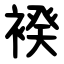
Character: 䙆